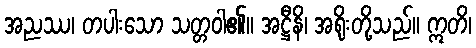
အညဿ၊ တပါးသော သတ္တဝါ၏။ အဋ္ဌီနိ၊ အရိုးတို့သည်။ ဣတိ၊